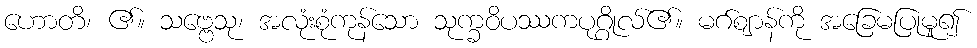
ဟောတိ၊ ၏။ သဗ္ဗေသု၊ အလုံးစုံကုန်သော သုက္ခဝိပဿကပုဂ္ဂိုလ်၏။ မဂ်ဈာန်ကို အခြေမပြုမူ၍